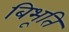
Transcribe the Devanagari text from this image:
बिभूति